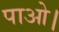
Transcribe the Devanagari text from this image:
पाओ।